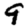
Digit: 9